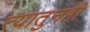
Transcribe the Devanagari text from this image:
त्यातुनही